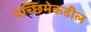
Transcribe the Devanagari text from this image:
पच्छिमेकडील